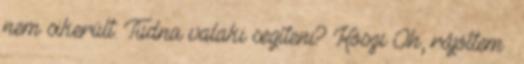
nem sikerült. Tudna valaki segíteni? Köszi Oh, rájöttem :